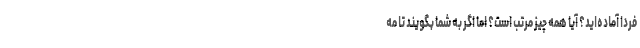
فردا آماده‌اید؟ آیا همه چیز مرتب است؟ اما اگر به شما بگویند تا مه